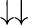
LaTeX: \downarrow\downarrow